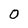
Character: 0